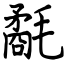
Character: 氄